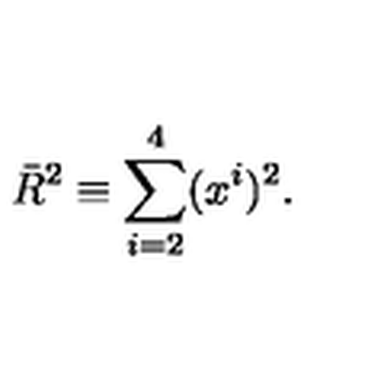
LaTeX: \bar { R } ^ { 2 } \equiv \sum _ { i = 2 } ^ { 4 } ( x ^ { i } ) ^ { 2 } .